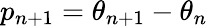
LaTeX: p_{n+1}=\theta_{n+1}-\theta_{n}